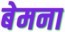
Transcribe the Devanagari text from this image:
बेमना